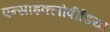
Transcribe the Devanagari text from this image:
एन्साईक्लोपीडिया